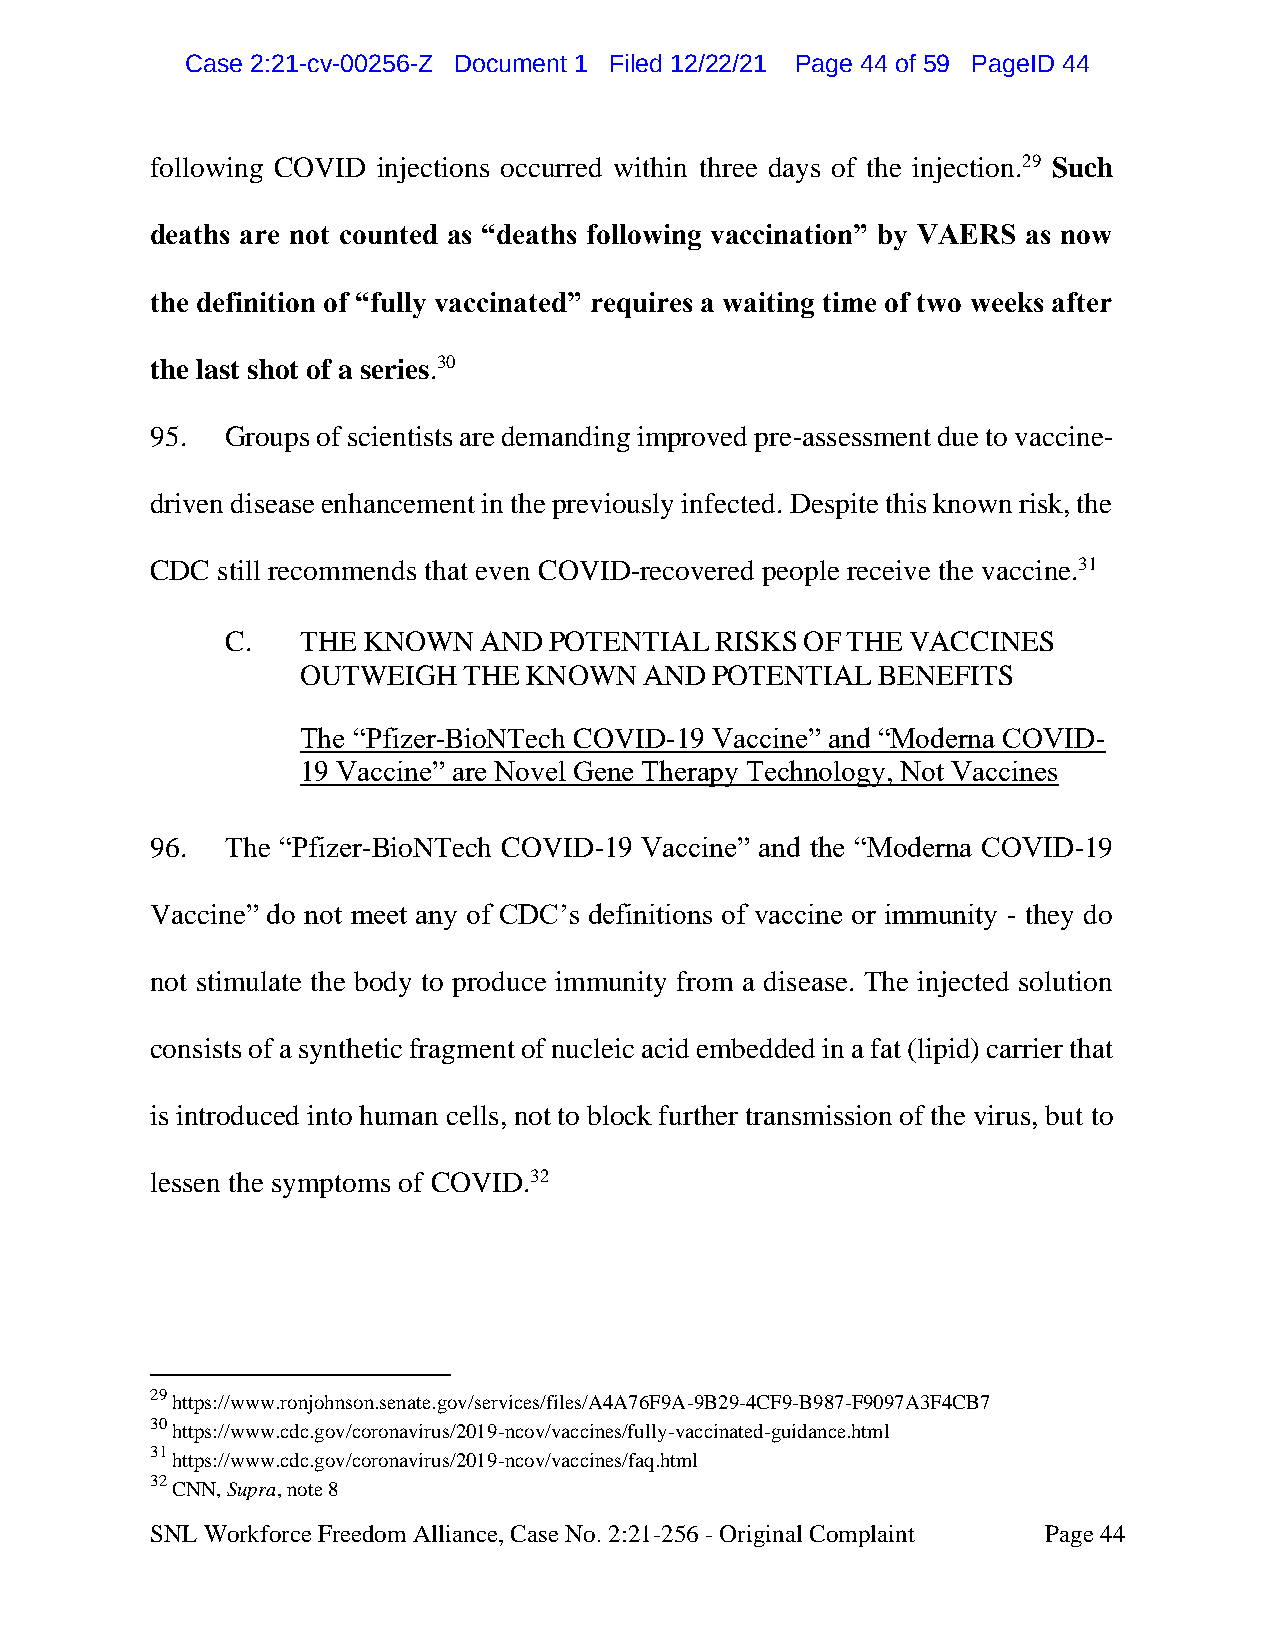
CCaassee 22::2211--ccvv--0000225566--ZZ DDooccuummeenntt 11 FFiilleedd 1122//2222//2211 PPaaggee 4444 ooff 5599 PPaaggeeIIDD 4444
 following COVID injections occurred within three days of the injection.29 Such
 deaths are not counted as “deaths following vaccination” by VAERS as now
 the definition of “fully vaccinated” requires a waiting time of two weeks after
 the last shot of a series.30
 95.  Groups of scientists are demanding improved pre-assessment due to vaccine-
 driven disease enhancement in the previously infected. Despite this known risk, the
 CDC still recommends that even COVID-recovered people receive the vaccine.31
 C.   THE KNOWN   AND POTENTIAL  RISKS OF THE VACCINES
 OUTWEIGH   THE KNOWN   AND POTENTIAL  BENEFITS
 The “Pfizer-BioNTech COVID-19 Vaccine” and “Moderna COVID-
 19 Vaccine” are Novel Gene Therapy Technology, Not Vaccines
 96.  The “Pfizer-BioNTech COVID-19 Vaccine” and the “Moderna COVID-19
 Vaccine” do not meet any of CDC’s definitions of vaccine or immunity - they do
 not stimulate the body to produce immunity from a disease. The injected solution
 consists of a synthetic fragment of nucleic acid embedded in a fat (lipid) carrier that
 is introduced into human cells, not to block further transmission of the virus, but to
 lessen the symptoms of COVID.32
 29
 https://www.ronjohnson.senate.gov/services/files/A4A76F9A-9B29-4CF9-B987-F9097A3F4CB7
 30
 https://www.cdc.gov/coronavirus/2019-ncov/vaccines/fully-vaccinated-guidance.html
 31
 https://www.cdc.gov/coronavirus/2019-ncov/vaccines/faq.html
 32
 CNN, Supra, note 8
 SNL Workforce Freedom Alliance, Case No. 2:21-256 - Original Complaint Page 44